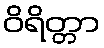
ဝိရိတ္တာ